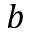
b